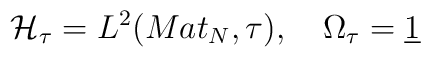
\mathcal{H}_{\tau }=L^{2}(Mat_{N},\tau ),\quad \Omega _{\tau }=\underline{1}